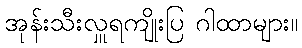
အုန်းသီးလှူရကျိုးပြ ဂါထာများ။